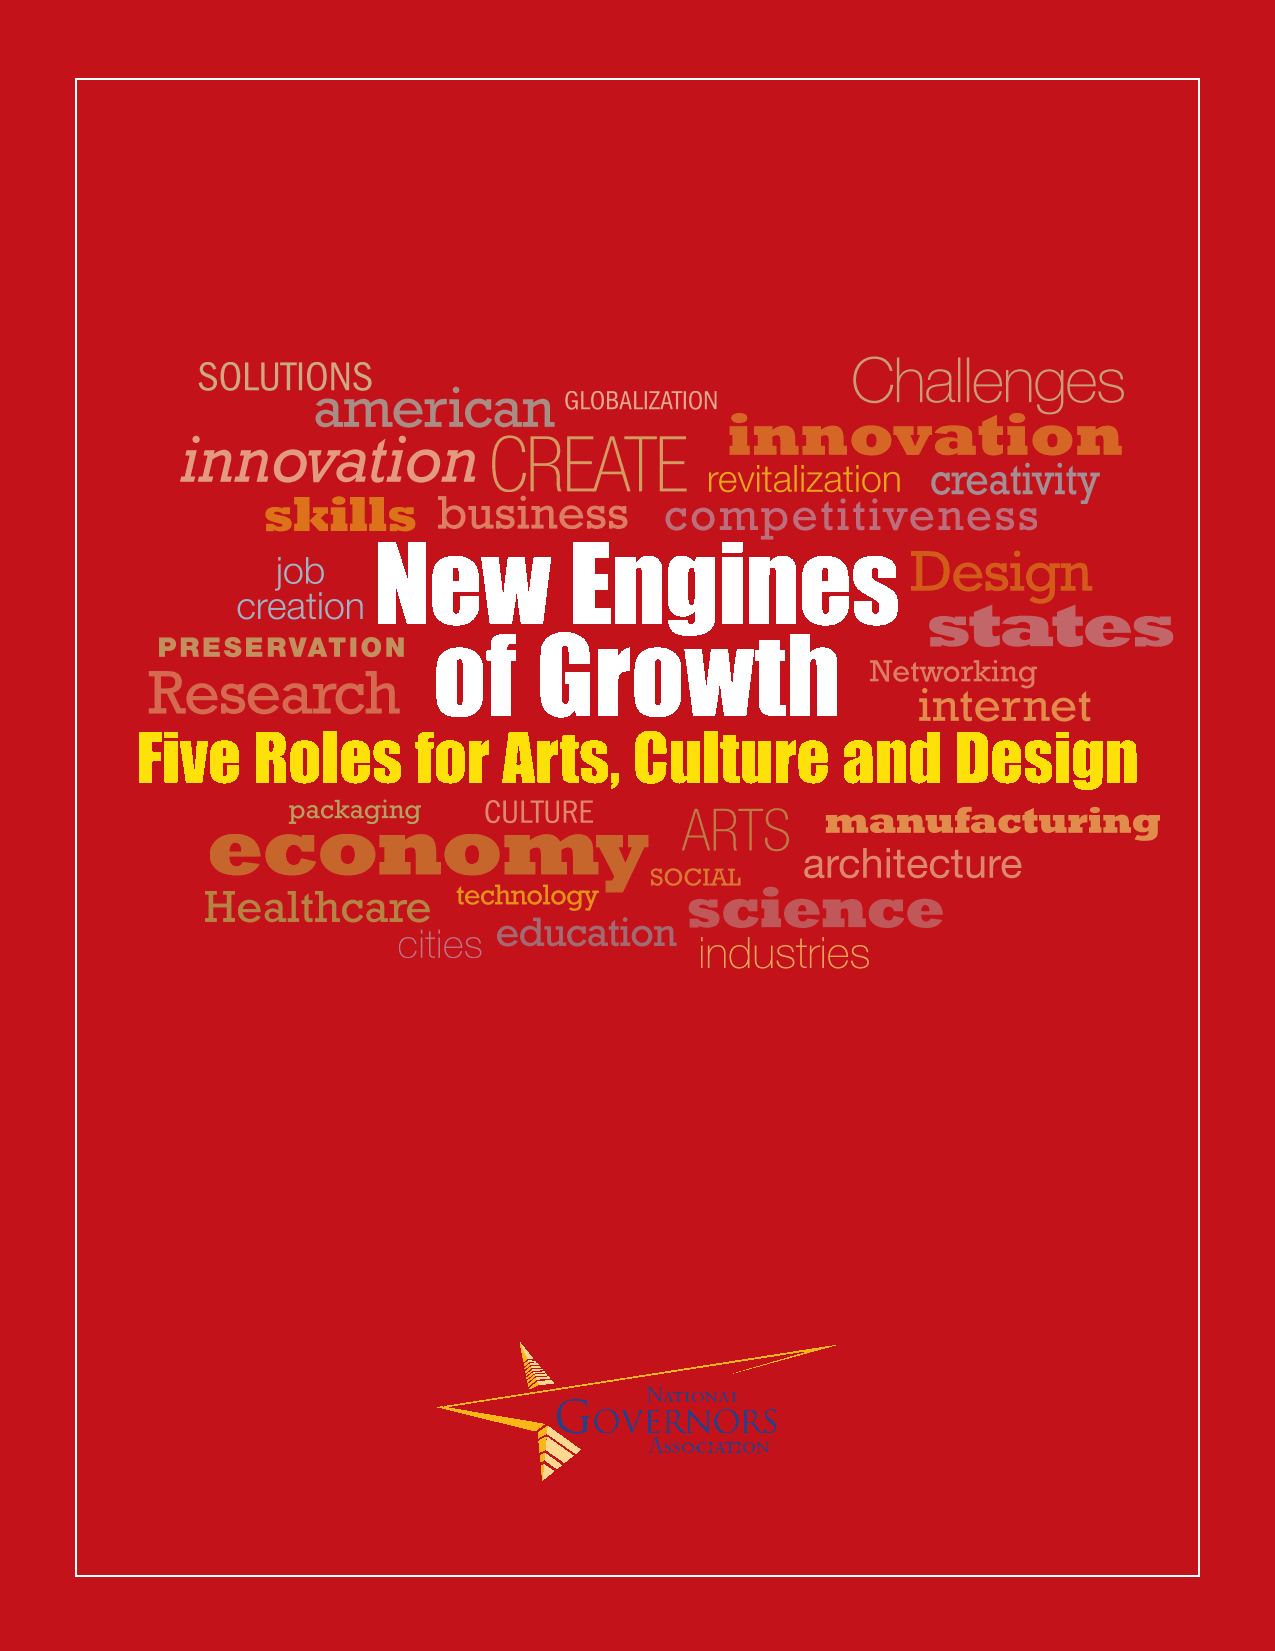
New          Engines
 of     Growth
 Five    Roles     for   Arts,    Culture       and    Design